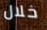
خلال